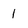
Character: 1